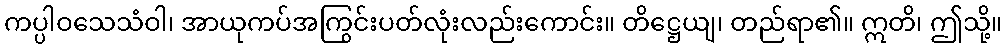
ကပ္ပါဝသေသံဝါ၊ အာယုကပ်အကြွင်းပတ်လုံးလည်းကောင်း။ တိဋ္ဌေယျ၊ တည်ရာ၏။ ဣတိ၊ ဤသို့။